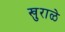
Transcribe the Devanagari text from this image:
खुराळे